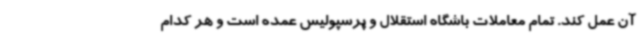
آن عمل کند. تمام معاملات باشگاه استقلال و پرسپولیس عمده است و هر کدام